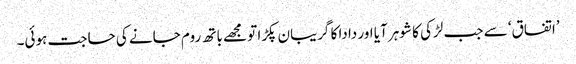
’اتفاق‘ سے جب لڑکی کا شوہر آیا اور دادا کا گریبان پکڑا تو مجھے باتھ روم جانے کی حاجت ہوئی۔